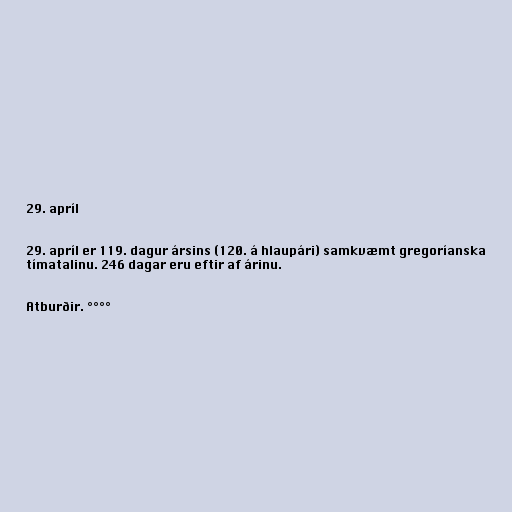
29. apríl

29. apríl er 119. dagur ársins (120. á hlaupári) samkvæmt gregoríanska
tímatalinu. 246 dagar eru eftir af árinu.

Atburðir. °°°°